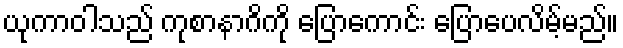
ယုကာဝါသည် ကုစာနာဂိကို ပြောကောင်း ပြောပေလိမ့်မည်။